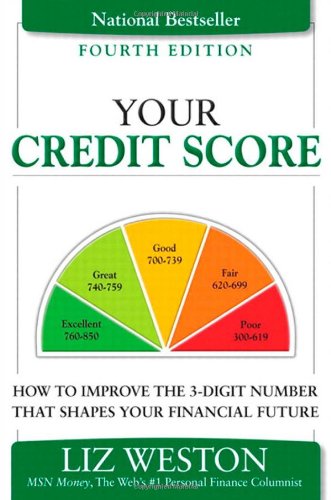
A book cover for Your Credit Score: How to Improve the 3-Digit Number That Shapes Your Financial Future (4th Edition) (Liz Pulliam Weston); Liz Weston; Business & Money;